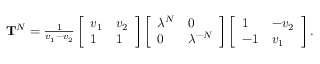
\begin{array} { r } { \mathbf { T } ^ { N } = \frac { 1 } { v _ { 1 } - v _ { 2 } } \left[ \begin{array} { l l } { v _ { 1 } } & { v _ { 2 } } \\ { 1 } & { 1 } \end{array} \right] \left[ \begin{array} { l l } { \lambda ^ { N } } & { 0 } \\ { 0 } & { \lambda ^ { - N } } \end{array} \right] \left[ \begin{array} { l l } { 1 } & { - v _ { 2 } } \\ { - 1 } & { v _ { 1 } } \end{array} \right] . } \end{array}